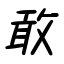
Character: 敢